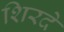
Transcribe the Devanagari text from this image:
शिरदे